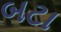
બટા